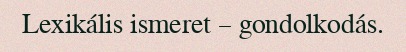
Lexikális ismeret – gondolkodás.